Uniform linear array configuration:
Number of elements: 24
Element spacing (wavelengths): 0.75
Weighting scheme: blackman
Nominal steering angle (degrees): -15
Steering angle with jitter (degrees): -16.967
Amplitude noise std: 0.05
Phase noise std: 0.05

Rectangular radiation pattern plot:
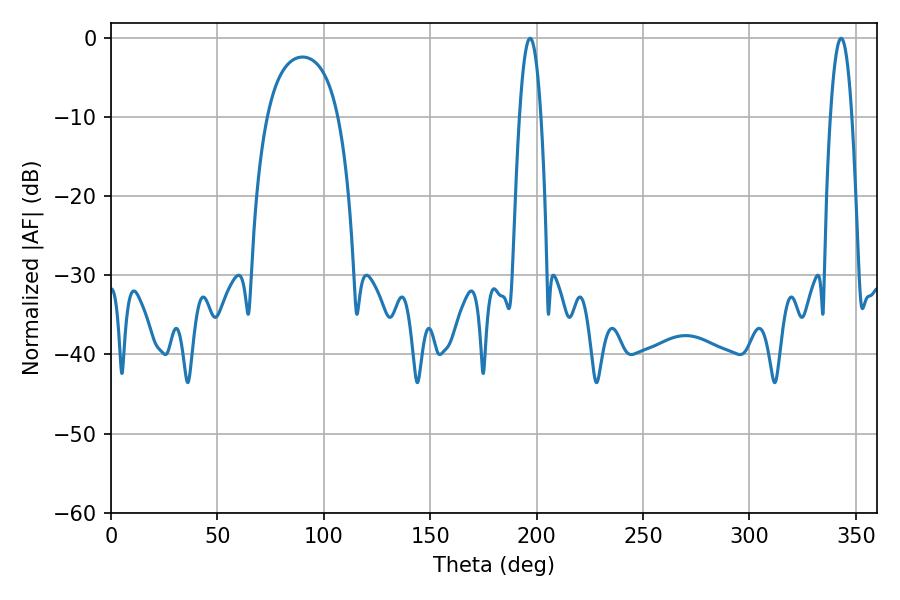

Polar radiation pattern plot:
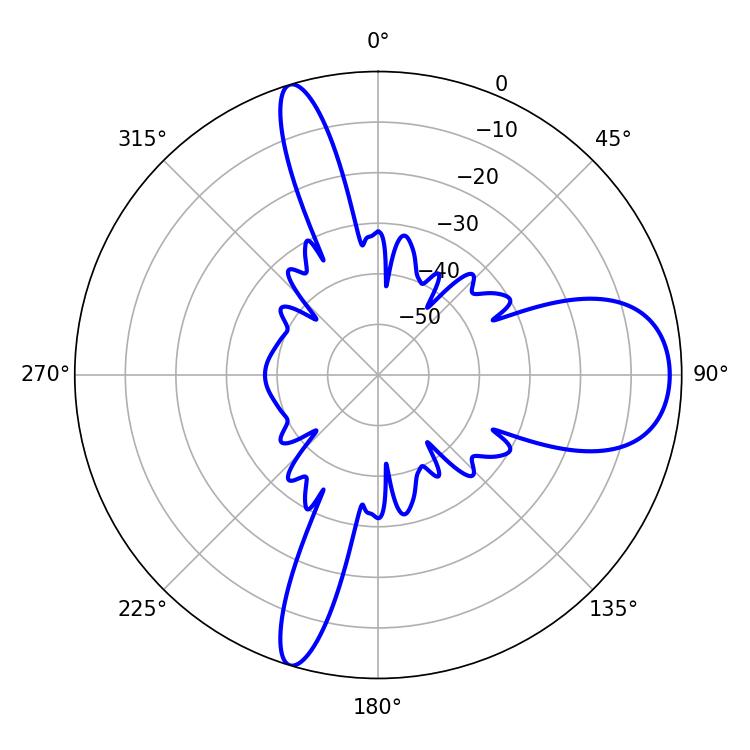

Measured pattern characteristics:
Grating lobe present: TRUE
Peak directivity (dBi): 10.652
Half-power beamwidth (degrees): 5.4
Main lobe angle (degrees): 196.92